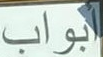
أبواب